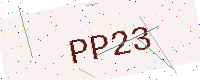
Text: PP23